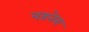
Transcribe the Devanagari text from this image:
बड़नेरा